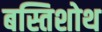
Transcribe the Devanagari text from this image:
बस्तिशोथ